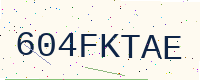
Text: 604FKTAE